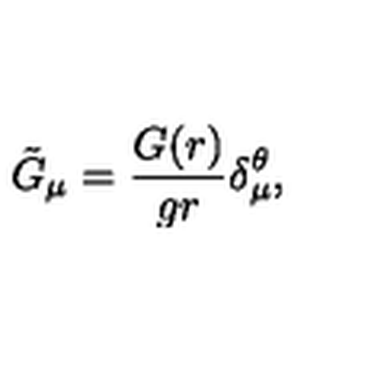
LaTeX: \tilde { G } _ { \mu } = \frac { G ( r ) } { g r } \delta _ { \mu } ^ { \theta } ,